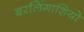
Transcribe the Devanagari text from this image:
बरलिंगाशियो